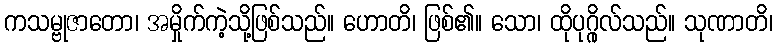
ကသမ္ဗုဇာတော၊ အမှိုက်ကဲ့သို့ဖြစ်သည်။ ဟောတိ၊ ဖြစ်၏။ သော၊ ထိုပုဂ္ဂိုလ်သည်။ သုဏာတိ၊